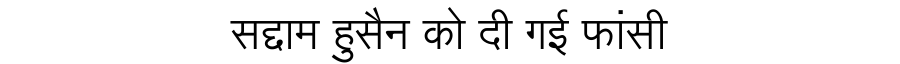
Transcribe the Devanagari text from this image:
सद्दाम हुसैन को दी गई फांसी